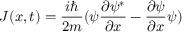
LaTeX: J ( x , t ) = { \frac { i \hbar } { 2 m } } ( \psi { \frac { \partial \psi ^ { * } } { \partial x } } - { \frac { \partial \psi } { \partial x } } \psi )